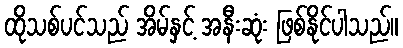
ထိုသစ်ပင်သည် အိမ်နှင့် အနီးဆုံး ဖြစ်နိုင်ပါသည်။